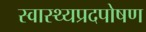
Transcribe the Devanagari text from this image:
स्वास्थ्यप्रदपोषण